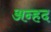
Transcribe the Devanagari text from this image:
अन्‍हद